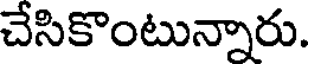
చేసికొంటున్నారు.